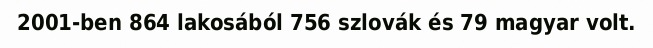
2001-ben 864 lakosából 756 szlovák és 79 magyar volt.